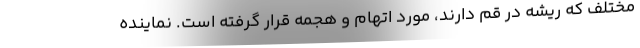
مختلف که ریشه در قم دارند، مورد اتهام و هجمه قرار گرفته است. نماینده